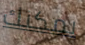
يمكنك